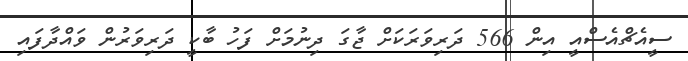
ސީއެޗްއެސްއީ އިން 566 ދަރިވަރަކަށް ޖާގަ ދިނުމަށް ފަހު ބާކީ ދަރިވަރުން ވައްދާފައި